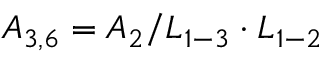
{ A _ { 3 , 6 } } = { A _ { 2 } } / { L _ { 1 - 3 } } \cdot { L _ { 1 - 2 } }